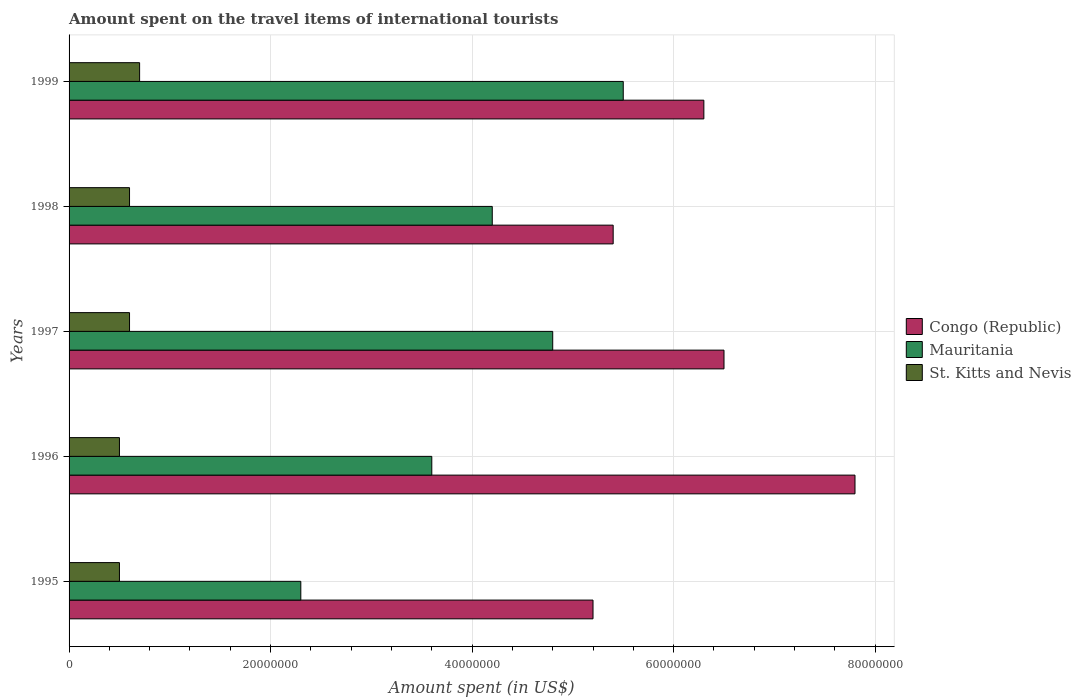
| Years | Congo (Republic) | Mauritania | St. Kitts and Nevis |
 | --- | --- | --- | --- |
 | 1995 | 5.2e+07 | 2.3e+07 | 5e+06 |
 | 1996 | 7.8e+07 | 3.6e+07 | 5e+06 |
 | 1997 | 6.5e+07 | 4.8e+07 | 6e+06 |
 | 1998 | 5.4e+07 | 4.2e+07 | 6e+06 |
 | 1999 | 6.3e+07 | 5.5e+07 | 7e+06 |